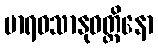
မာရဝသာနုဝတ္တိနော